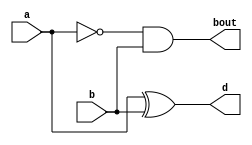
module hs(a,b,d,bout);
    input a,b;
    output d,bout;    
    assign d = a ^ b;
    assign bout = ~a & b;
endmodule

module fs(a,b,bin,d,bout);
    input a,b,bin;
    output d,bout; 
    
    wire w1,w2,w3;

  hs hs1(.a(a),.b(b),.d(w1),.bout(w2));
  hs hs2(.a(w1),.b(bin),.d(d),.bout(w3));
  assign bout = w2 | w3;

endmodule